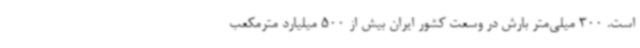
است. 300 میلی‌متر بارش در وسعت کشور ایران بیش از 500 میلیارد مترمکعب